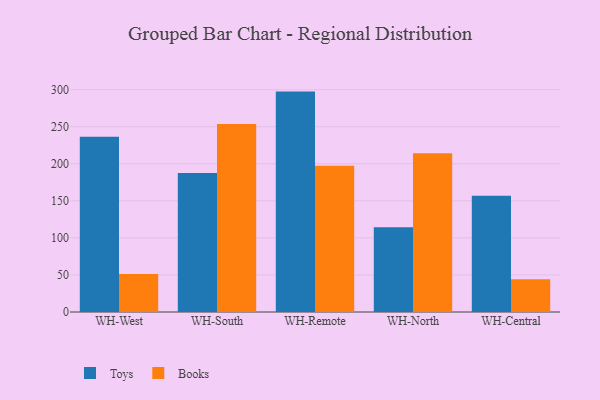
{"axis": {"x": "Warehouse", "y": "Active Users"}, "legend": ["Books", "Toys"], "data": [{"x": "WH-West", "y": 236.5, "type": "Toys"}, {"x": "WH-West", "y": 51.1, "type": "Books"}, {"x": "WH-South", "y": 187.6, "type": "Toys"}, {"x": "WH-South", "y": 253.7, "type": "Books"}, {"x": "WH-Remote", "y": 297.3, "type": "Toys"}, {"x": "WH-Remote", "y": 197.2, "type": "Books"}, {"x": "WH-North", "y": 114.2, "type": "Toys"}, {"x": "WH-North", "y": 214.3, "type": "Books"}, {"x": "WH-Central", "y": 156.9, "type": "Toys"}, {"x": "WH-Central", "y": 44.1, "type": "Books"}]}